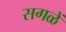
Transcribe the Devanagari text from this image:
सगळें